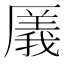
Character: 㕒